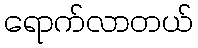
ရောက်လာတယ်